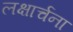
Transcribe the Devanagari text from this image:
लक्षार्चना